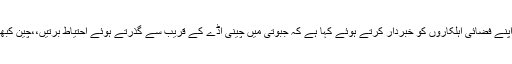
04 مئی2018ء) امریکہ نے اپنے فضائی اہلکاروں کو خبردار کرتے ہوئے کہا ہے کہ جبوتی میں چینی اڈے کے قریب سے گذرتے ہوئے احتیاط برتیں،،چین کبھی بھی لیزر حملہ کر سکتا ہے۔